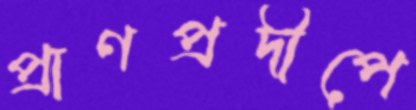
প্রাণপ্রদীপে